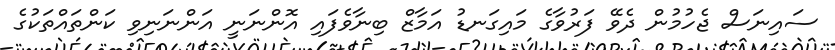
ސައިނަސް ޖެހުމުން ދެވޭ ފަރުވާގެ މައިގަނޑު އަމާޒް ބިނާވެފައި އޮންނަނީ އަންނަނިވި ކަންތައްތަކުގެ